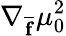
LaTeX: \nabla_{\overline{{\mathbf{f}}}}\mu_{0}^{2}